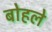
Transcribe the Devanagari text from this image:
बोहले